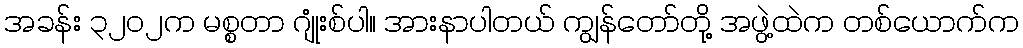
အခန်း ၃၂၀၂က မစ္စတာ ဂျုံးစ်ပါ။ အားနာပါတယ် ကျွန်တော်တို့ အဖွဲ့ထဲက တစ်ယောက်က